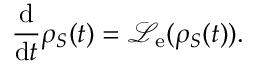
\frac { \mathrm { d } } { \mathrm { d } t } { \rho } _ { S } ( t ) = \mathcal { L } _ { \mathrm { e } } ( { \rho } _ { S } ( t ) ) .